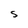
Character: S